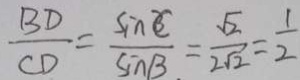
\frac { B D } { C D } = \frac { \sin C } { \sin B } = \frac { \sqrt { 2 } } { 2 \sqrt { 2 } } = \frac { 1 } { 2 }